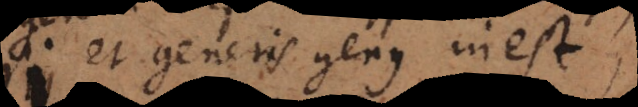
ei et generis genus inest,